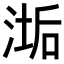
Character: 𬈉